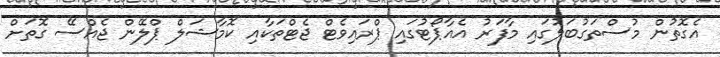
އެގޮތުން މުސްތަގުބަލުގައި މާފަރު އެއާޕޯޓުގައި ޕްރައިވެޓް ޖެޓްތަކާއި ކޮމާޝަލް ޕްލޭން ޖެއްސޭ ގޮތަށް